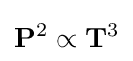
\mathbf {P} ^{2}\propto \mathbf {T} ^{3}